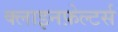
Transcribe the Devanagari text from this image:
क्लाइनफ़ेल्टर्स